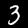
Digit: 3